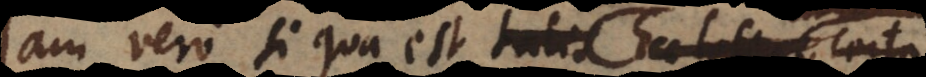
Jam vero si qua est hodie Ecclesia